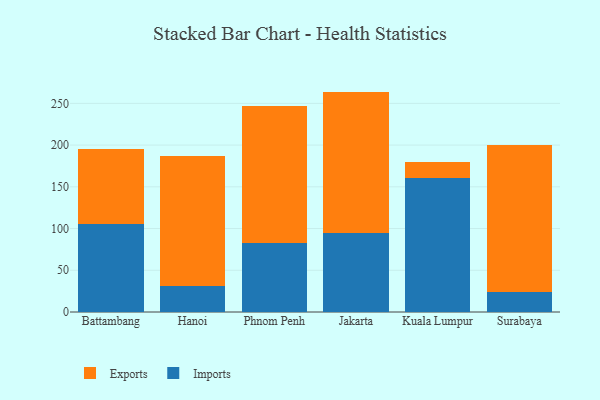
{"axis": {"x": "City", "y": "Shipments"}, "legend": ["Exports", "Imports"], "data": [{"x": "Battambang", "y": 105.2, "type": "Imports"}, {"x": "Battambang", "y": 90.4, "type": "Exports"}, {"x": "Hanoi", "y": 31.0, "type": "Imports"}, {"x": "Hanoi", "y": 155.4, "type": "Exports"}, {"x": "Phnom Penh", "y": 82.4, "type": "Imports"}, {"x": "Phnom Penh", "y": 164.2, "type": "Exports"}, {"x": "Jakarta", "y": 94.6, "type": "Imports"}, {"x": "Jakarta", "y": 169.5, "type": "Exports"}, {"x": "Kuala Lumpur", "y": 160.6, "type": "Imports"}, {"x": "Kuala Lumpur", "y": 19.0, "type": "Exports"}, {"x": "Surabaya", "y": 24.2, "type": "Imports"}, {"x": "Surabaya", "y": 175.5, "type": "Exports"}]}